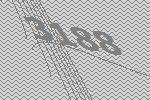
3188